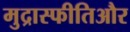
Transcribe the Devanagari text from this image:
मुद्रास्फीतिऔर